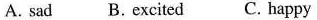
A.sad B.Excited C. Happy